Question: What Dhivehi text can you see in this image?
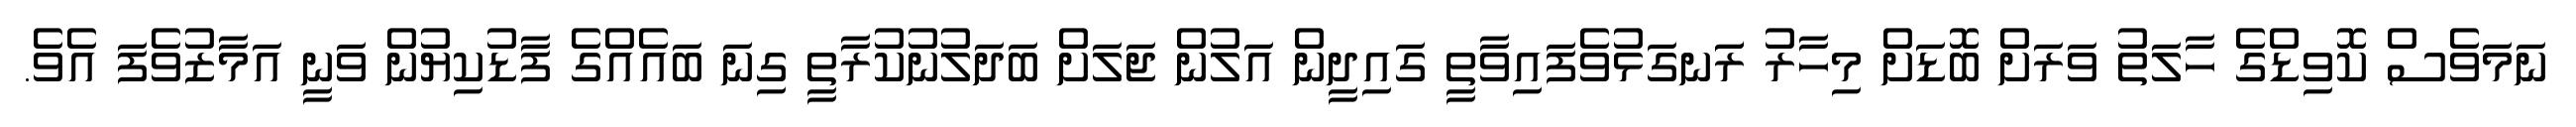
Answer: ނަމަވެސް ކޮވިޑްގެ ހާލަތު ވަރަށް ބޮޑަށް މިހާރު ރަަނގަޅުވެފައިވާތީ ގައިދީން އަލުން ޖަލަށް ބަދަލުނުކުރާތީ ގިނަ ބައެއްގެ ފާޑުކިޔުން ވަނީ އަމާޒުވެފަ އެވެ.